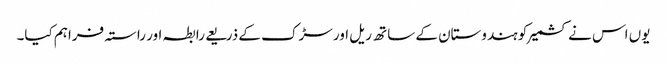
یوں اس نے کشمیر کو ہندوستان کے ساتھ ریل اور سڑک کے ذریعے رابطہ اور راستہ فراہم کیا۔